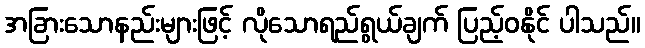
အခြားသောနည်းများဖြင့် လိုသောရည်ရွယ်ချက် ပြည့်ဝနိုင် ပါသည်။